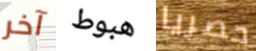
آخر هبوط حصريا